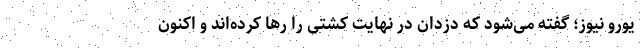
یورو نیوز؛ گفته می‌شود که دزدان در نهایت کشتی را رها کرده‌اند و اکنون